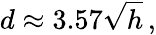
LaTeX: d\approx 3.57{\sqrt{h}}\, ,